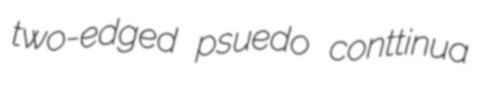
two-edged psuedo conttinua